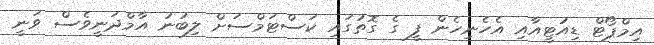
އިމްޕޯޓް ޑިއުޓީއާއި އެހެނިހެން ފީ ގެ ގޮތުގައި ކަސްޓަމްސަށް ލިބުނު އާމްދަނީވެސް ވަނީ